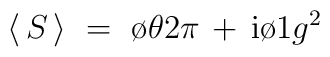
\langle \, S \, \rangle ~=~{\o{\theta}{2\pi}}\, + \,{\rm i}{\o{1}{g^2}}